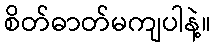
စိတ်ဓာတ်မကျပါနဲ့။